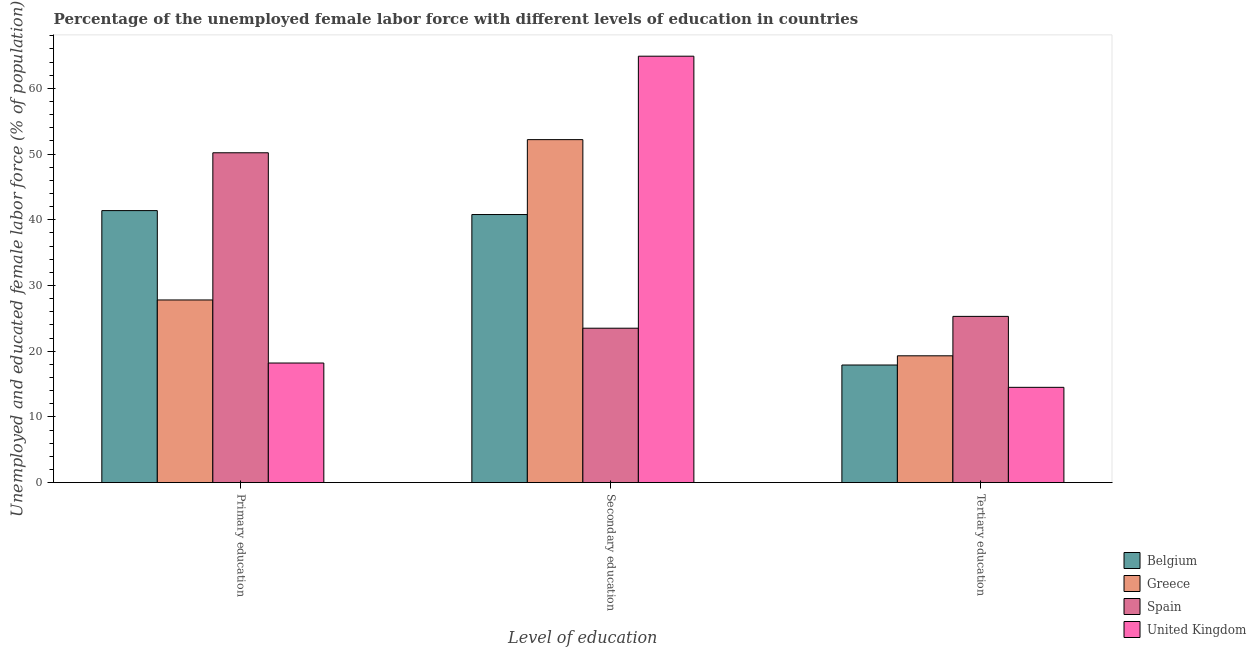
| Level of education | Belgium | Greece | Spain | United Kingdom |
 | --- | --- | --- | --- | --- |
 | Primary education | 41.4 | 27.8 | 50.2 | 18.2 |
 | Secondary education | 40.8 | 52.2 | 23.5 | 64.9 |
 | Tertiary education | 17.9 | 19.3 | 25.3 | 14.5 |